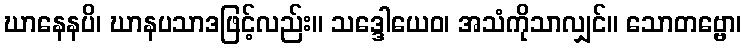
ဃာနေနပိ၊ ဃာနပသာဒဖြင့်လည်း။ သဒ္ဒေါယေဝ၊ အသံကိုသာလျှင်။ သောတဗ္ဗော၊